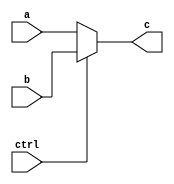
`timescale 1ns / 1ps
//////////////////////////////////////////////////////////////////////////////////
// Company: 
// Engineer: 
// 
// Design Name: 
// Module Name:    mux32 
// Project Name: 
// Target Devices: 
// Tool versions: 
// Description: 
//
// Dependencies: 
//
// Revision: 
// Revision 0.01 - File Created
// Additional Comments: 
//
//////////////////////////////////////////////////////////////////////////////////
module mux32(
input [31:0]a,b,
output [31:0]c,
input wire ctrl
    );
	assign c=(ctrl==0)?a:b;
endmodule